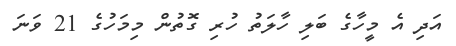
އަދި އެ މީހާގެ ބަލި ހާލަތު ހުރި ގޮތުން މިމަހުގެ 21 ވަނަ